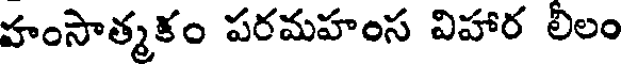
హంసాత్మకం పరమహంస విహార లిలం